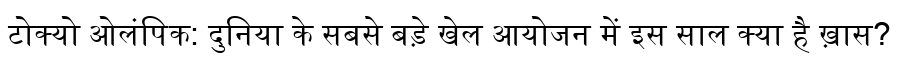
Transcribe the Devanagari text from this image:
टोक्यो ओलंपिक: दुनिया के सबसे बड़े खेल आयोजन में इस साल क्या है ख़ास?